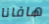
هافانا